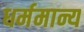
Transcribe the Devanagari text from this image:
धर्ममान्य